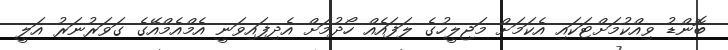
ބޮންޑު ވިއްކުމަށްޓަކައި އެކަމަށް މަޖިލީހުގެ ލަފައެއް ހޯދުމަށް އެދިފައިވަނީ އެމްއެމްއޭގެ ގަވަރުނަރު އަލީ